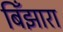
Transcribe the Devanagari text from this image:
बिँझारा